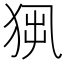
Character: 𤞁